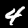
Digit: 4